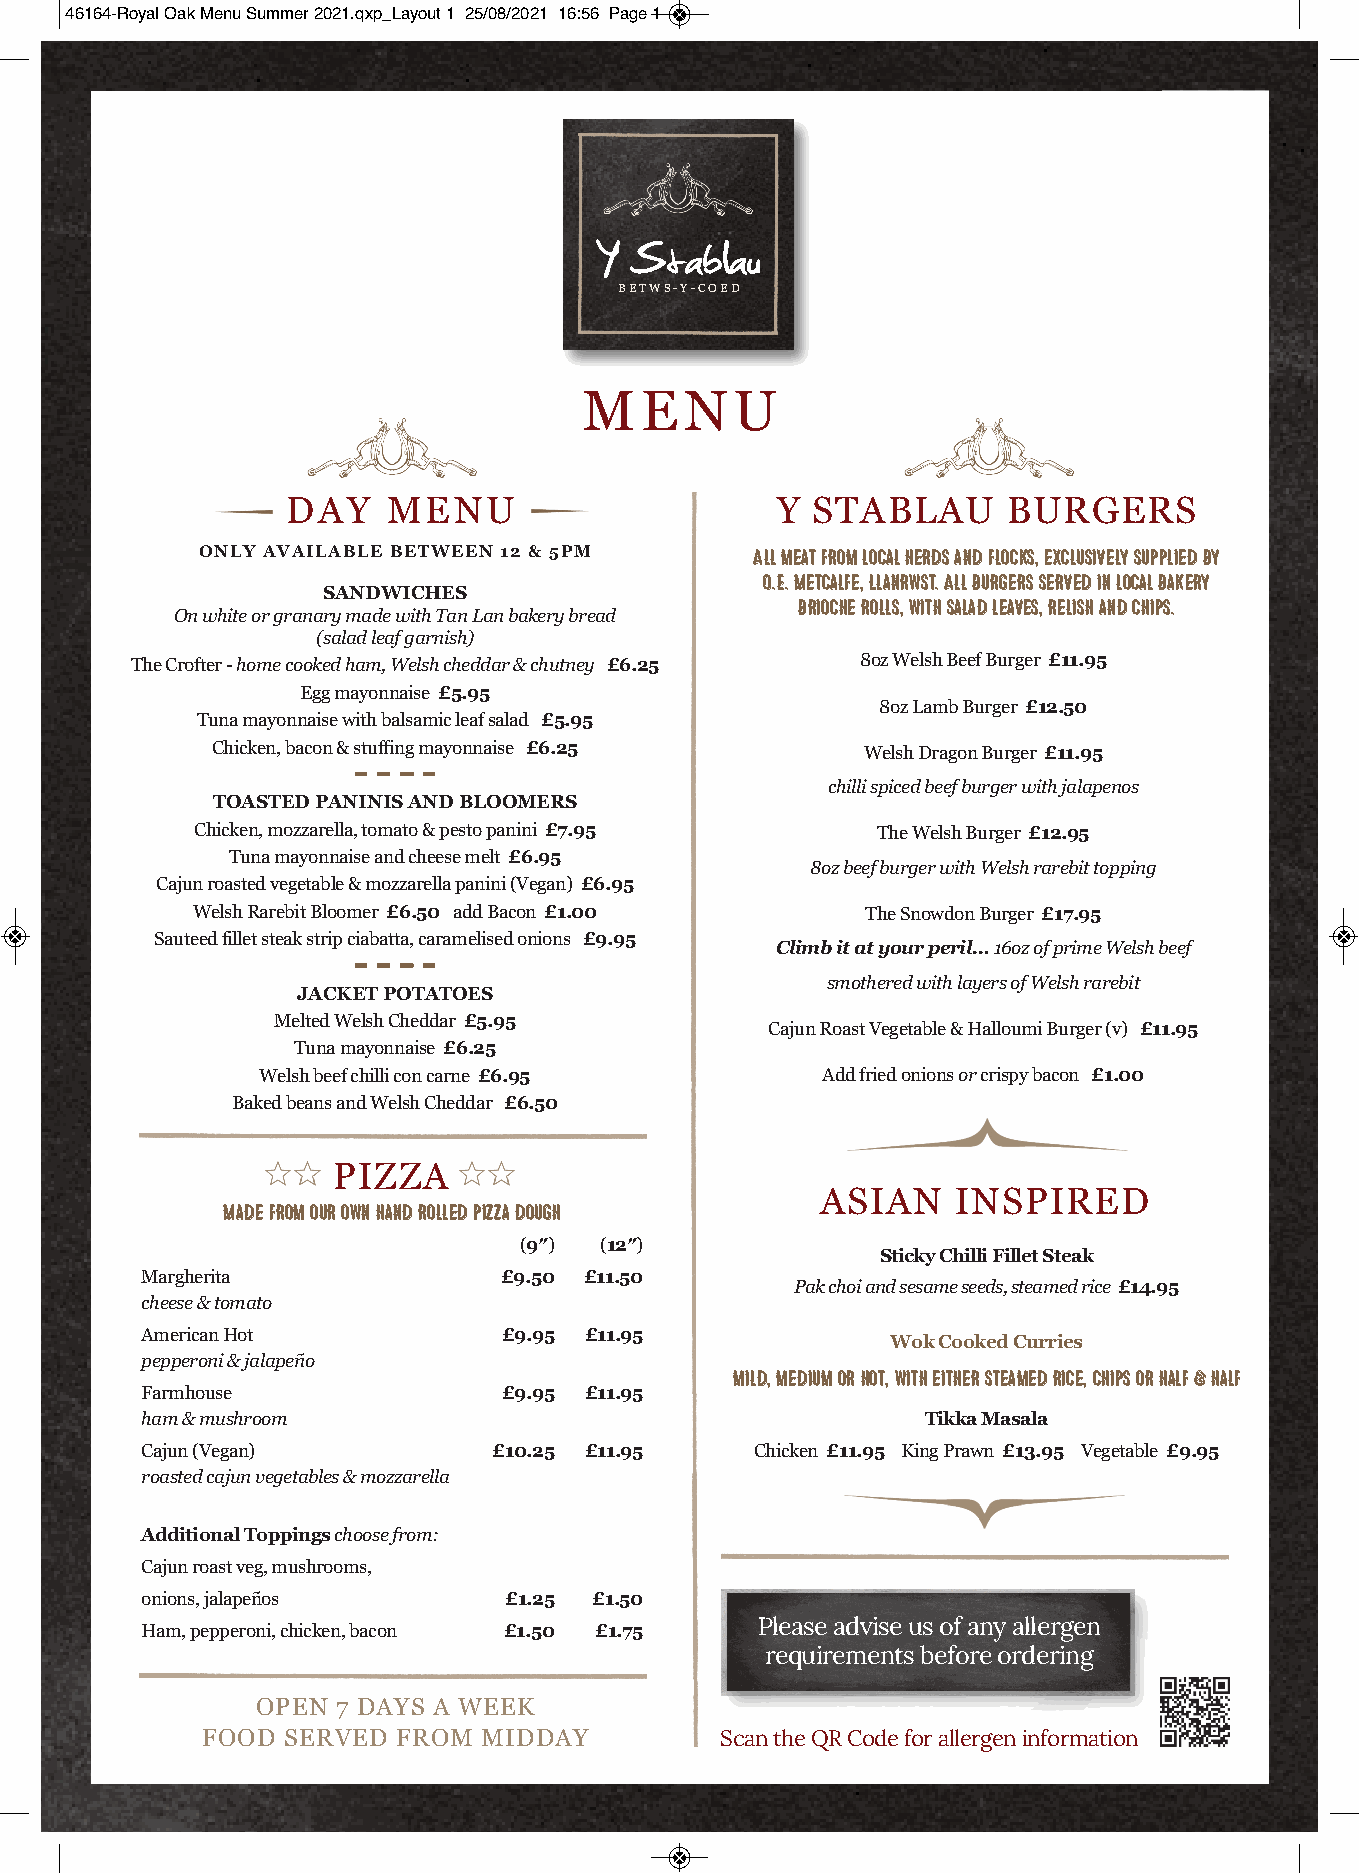
46164-Royal Oak Menu Summer 2021.qxp_Layout 1 25/08/2021 16:56 Page 1
 B E T W S - Y - C O E D
 MENU
 DAY    MENU                     Y  STABLAU      BURGERS
 Only AvAilAble beTWeen 12 & 5pM      All meat from local herds and flocks, exclusively supplied by
 O.E. Metcalfe, Llanrwst. All burgers served in local bakery
 SAnDWiCHeS                      brioche rolls, with salad leaves, relish and chips.
 On white or granary made with Tan Lan bakery bread
 (salad leaf garnish)
 The Crofter - home cooked ham, Welsh cheddar & chutney £6.25 8oz Welsh Beef Burger £11.95
 Egg mayonnaise £5.95
 8oz Lamb Burger £12.50
 Tuna mayonnaise with balsamic leaf salad £5.95
 Chicken, bacon & stuffing mayonnaise £6.25 Welsh Dragon Burger £11.95
 chilli spiced beef burger with jalapenos
 TOASTeD pAniniS AnD blOOMerS
 Chicken, mozzarella, tomato & pesto panini £7.95 The Welsh Burger £12.95
 Tuna mayonnaise and cheese melt £6.95
 8oz beef burger with Welsh rarebit topping
 Cajun roasted vegetable & mozzarella panini (Vegan) £6.95
 Welsh Rarebit Bloomer £6.50 add Bacon £1.00 The Snowdon Burger £17.95
 Sauteed fillet steak strip ciabatta, caramelised onions £9.95
 Climb it at your peril…16oz of prime Welsh beef
 smothered with layers of Welsh rarebit
 JACKeT pOTATOeS
 Melted Welsh Cheddar £5.95
 Cajun Roast Vegetable & Halloumi Burger (v) £11.95
 Tuna mayonnaise £6.25
 Welsh beef chilli con carne £6.95    Add fried onions orcrispy bacon £1.00
 Baked beans and Welsh Cheddar £6.50
 PIZZA
 Made from our own hand rolled pizza dough ASIAN INSPIRED
 (9″)  (12″)
 Sticky Chilli Fillet Steak
 Margherita              £9.50 £11.50
 Pak choi and sesame seeds, steamed rice £14.95
 cheese & tomato
 American Hot            £9.95 £11.95
 Wok Cooked Curries
 pepperoni & jalapeño
 mild, medium or hot, with either steamed rice, chips or half & half
 Farmhouse               £9.95 £11.95
 ham & mushroom                                      Tikka Masala
 Cajun (Vegan)           £10.25 £11.95    Chicken £11.95 King Prawn £13.95 Vegetable £9.95
 roasted cajun vegetables & mozzarella
 Additional Toppingschoose from:
 Cajun roast veg, mushrooms,
 onions, jalapeños       £1.25 £1.50
 Ham, pepperoni, chicken, bacon £1.50 £1.75 Please advise us of any allergen
 requirements before ordering
 OPEN 7 DAYS A WEEK
 FOOD  SERVED FROM  MIDDAY          Scan the QR Code for allergen information